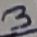
Text: 3